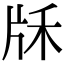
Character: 𤖱